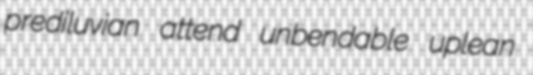
prediluvian attend unbendable uplean